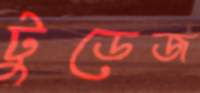
টুডেজ